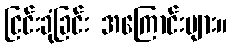
ငြင်းခုံခြင်း အကြောင်းများ။